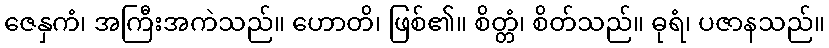
ဇေနှကံ၊ အကြီးအကဲသည်။ ဟောတိ၊ ဖြစ်၏။ စိတ္တံ၊ စိတ်သည်။ ဓုရံ၊ ပဇာနသည်။